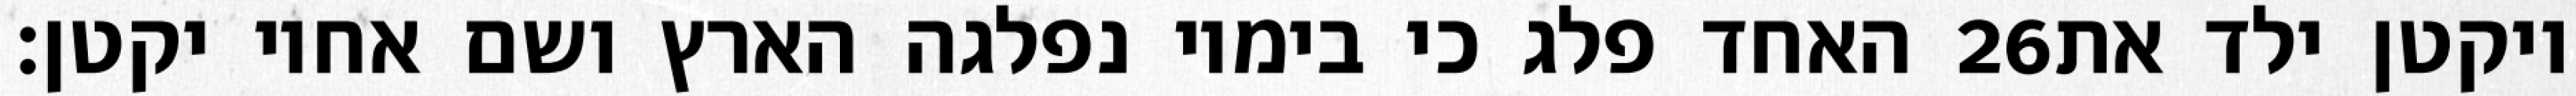
האחד פלג כי בימיו נפלגה הארץ ושם אחיו יקטן׃ ‎26‏ ויקטן ילד את